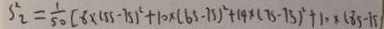
S _ { 2 } ^ { 2 } = \frac { 1 } { 5 0 } [ 8 \times 1 5 5 - 7 5 ) ^ { 2 } + 1 0 \times ( 6 5 - 7 5 ) ^ { 2 } + 1 4 \times ( 7 5 - 7 5 ) ^ { 2 } + 1 0 \times ( 8 5 - 1 5 )